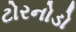
ટોરનોડો